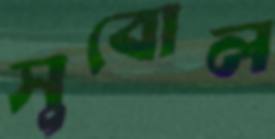
সুবোল